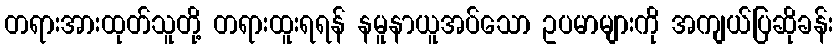
တရားအားထုတ်သူတို့ တရားထူးရရန် နမူနာယူအပ်သော ဥပမာများကို အကျယ်ပြဆိုခန်း